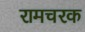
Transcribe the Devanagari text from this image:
रामचरक